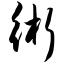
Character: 术